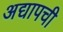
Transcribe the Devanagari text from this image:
अद्यापची